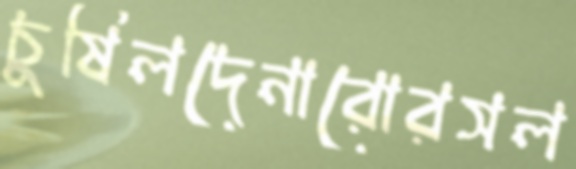
চুষিলদেনারোরসল